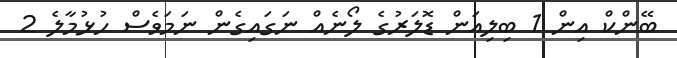
ބޭންކް އިން 1 ބިލިއަން ޑޮލަރުގެ ލޯނެއް ނަގައިގެން ނަމަވެސް ހުޅުމާލެ 2